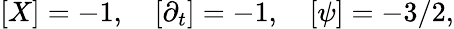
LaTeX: [X]=-1,\quad[\partial_{t}]=-1,\quad[\psi]=-3/2,